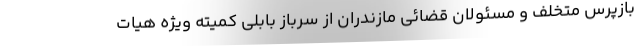
بازپرس متخلف و مسئولان قضائی مازندران از سرباز بابلی کمیته ویژه هیات